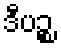
ဒီပဉ္စ